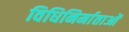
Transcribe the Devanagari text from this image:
विधिनिर्माताओं